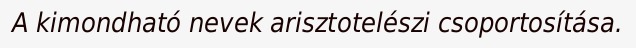
A kimondható nevek arisztotelészi csoportosítása.